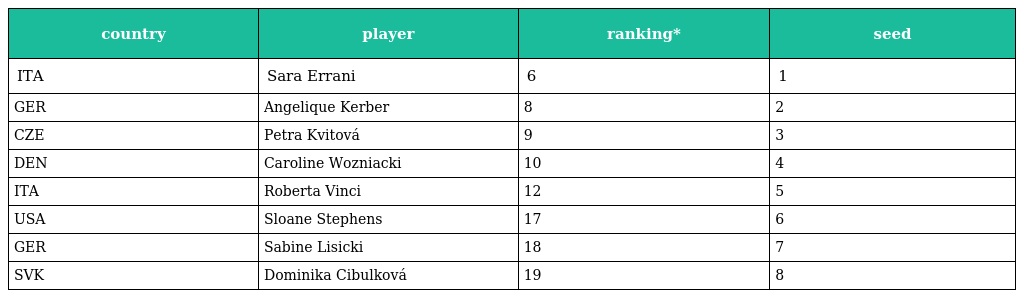
| country | player | ranking* | seed |
 | --- | --- | --- | --- |
 | ITA | Sara Errani | 6 | 1 |
 | GER | Angelique Kerber | 8 | 2 |
 | CZE | Petra Kvitová | 9 | 3 |
 | DEN | Caroline Wozniacki | 10 | 4 |
 | ITA | Roberta Vinci | 12 | 5 |
 | USA | Sloane Stephens | 17 | 6 |
 | GER | Sabine Lisicki | 18 | 7 |
 | SVK | Dominika Cibulková | 19 | 8 |